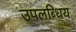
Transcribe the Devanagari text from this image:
उपलब्धिय